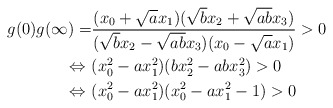
\begin{align*} g(0)g(\infty)=&\frac{(x_0+\sqrt{a}x_1)(\sqrt{b}x_2+\sqrt{ab}x_3)}{(\sqrt{b}x_2-\sqrt{ab}x_3)(x_0-\sqrt{a}x_1)}>0\\ \Leftrightarrow\ &(x_0^2-ax_1^2)(bx_2^2-abx_3^2)>0\\ \Leftrightarrow\ &(x_0^2-ax_1^2)(x_0^2-ax_1^2-1)>0\end{align*}